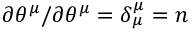
\partial \theta ^ { \mu } / \partial \theta ^ { \mu } = \delta _ { \mu } ^ { \mu } = n